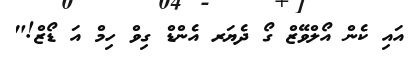
އައި ކެން އޯލްވޭޒް ގޯ ދެޔަރ އެންޑް ގިވް ހިމް އަ ޑޯޒް!"